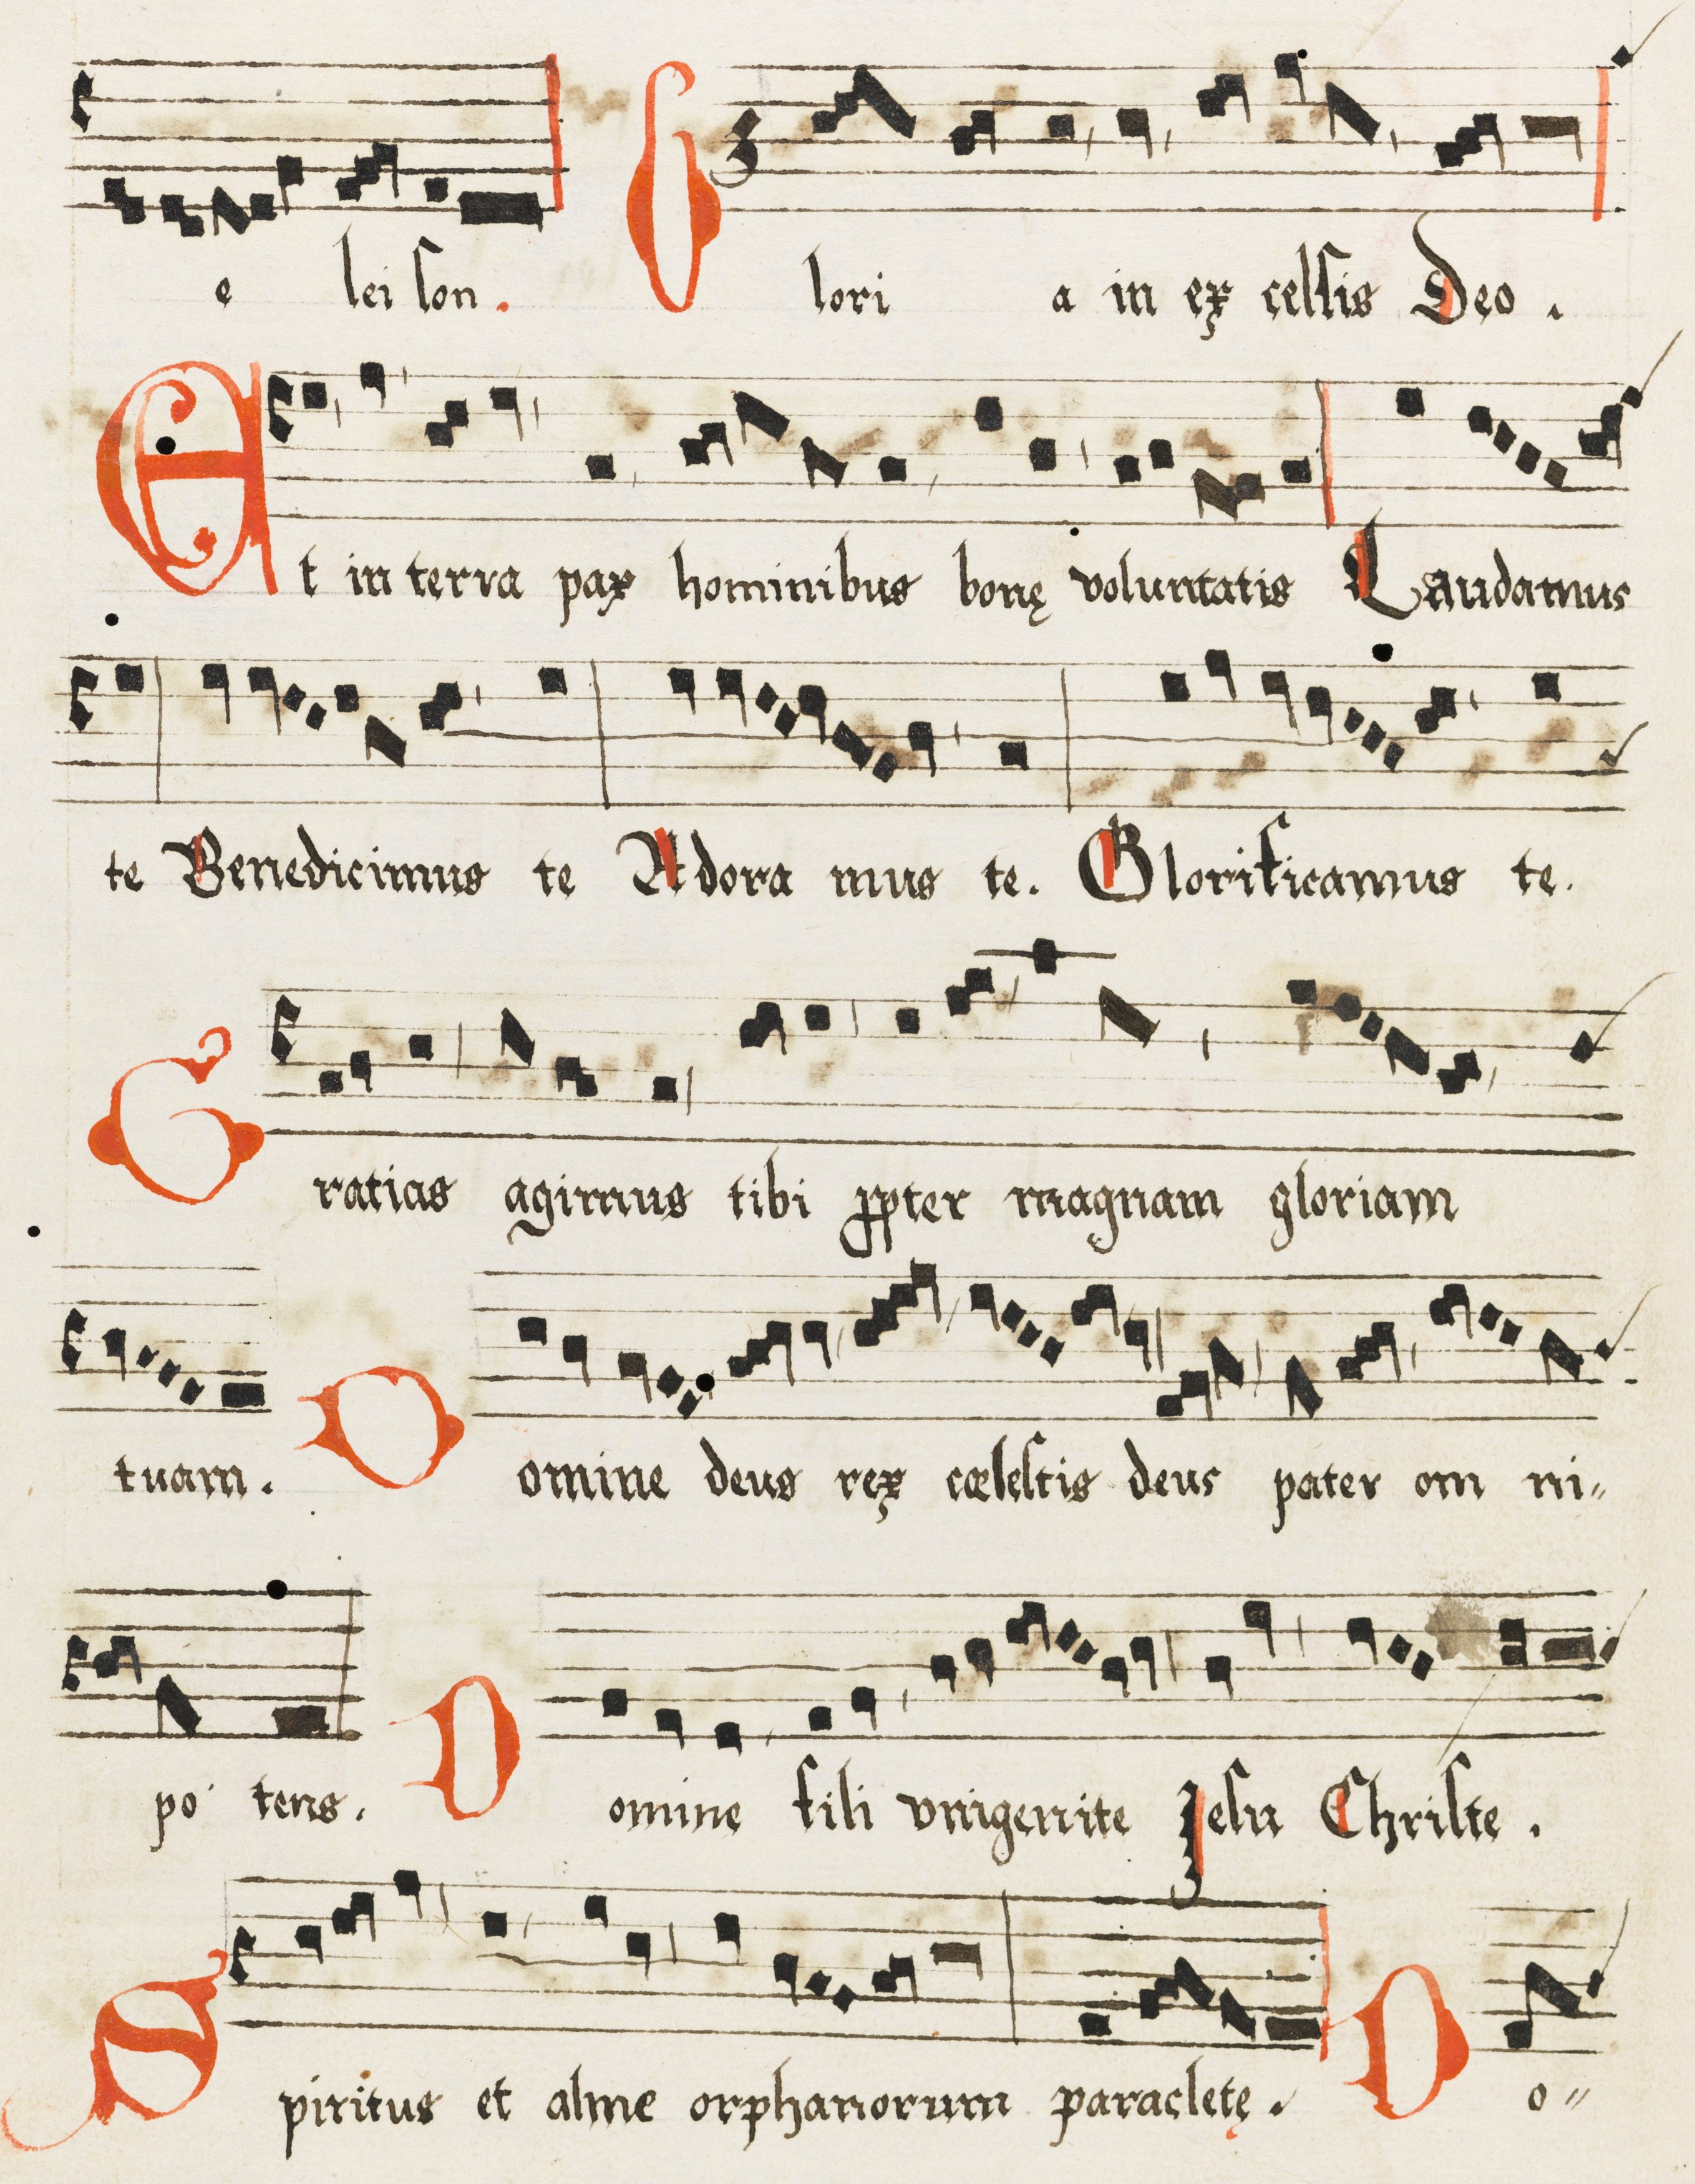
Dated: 1475–1499